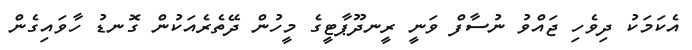
އެކަމަކު ދިވެހި ޖައްވު ނުސާފް ވަނީ ރީނދޫޕާޓީގެ މީހުން ދޭތެރެއަކުން ގޮނޑު ހާވައިގެން